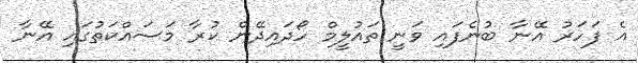
އެ ފަހަރު އޭނާ ބުނެފައި ވަނީ ތައުލީމް ހޯދައިދޭން ކުރާ މަސައްކަތުގައި އޭނާ